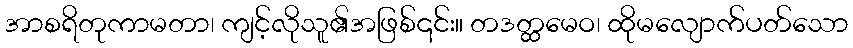
အာစရိတုကာမတာ၊ ကျင့်လိုသူ၏အဖြစ်၎င်း။ တဒတ္ထမေဝ၊ ထိုမလျောက်ပတ်သော